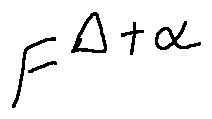
F ^ { \Delta + \alpha }